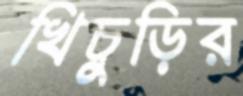
খিচুড়ির